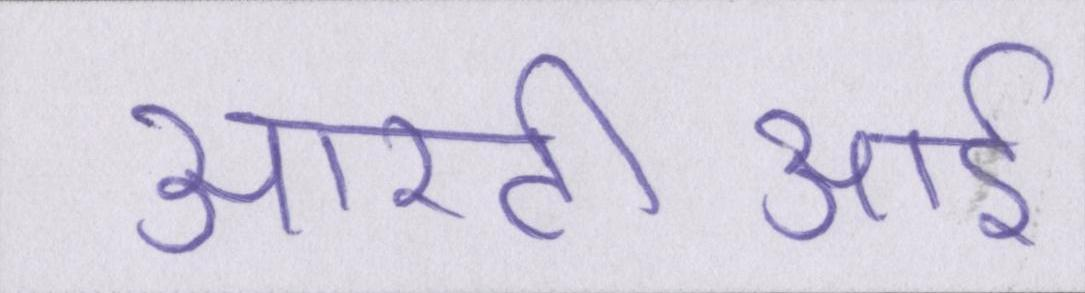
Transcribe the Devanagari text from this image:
आरटीआई